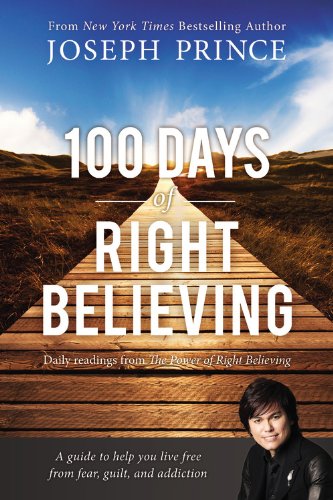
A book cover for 100 Days of Right Believing: Daily Readings from The Power of Right Believing; Joseph Prince; Christian Books & Bibles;